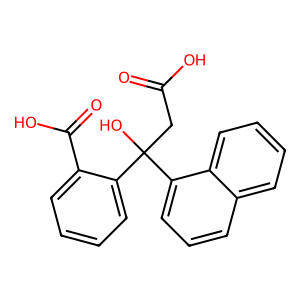
SMILES: O=C(O)CC(O)(c1ccccc1C(=O)O)c1cccc2ccccc12
Inhibits HIV replication: No